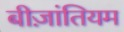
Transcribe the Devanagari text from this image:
बीज़ांतियम